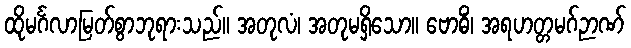
ထိုမင်္ဂလာမြတ်စွာဘုရားသည်။ အတုလံ၊ အတုမရှိသော။ ဗောဓိံ၊ အရဟတ္တမဂ်ဉာဏ်